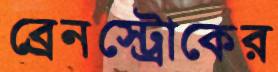
ব্রেনস্ট্রোকের